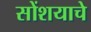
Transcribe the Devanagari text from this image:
सोंशयाचे